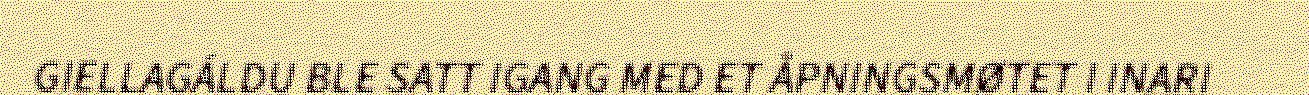
GIELLAGÁLDU BLE SATT IGANG MED ET ÅPNINGSMØTET I INARI